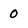
Character: 0